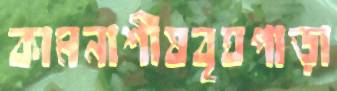
কামনাশীষবৃঘপাড়া